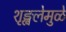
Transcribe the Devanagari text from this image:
शृङ्खलेमुळे